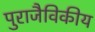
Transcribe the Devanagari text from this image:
पुराजैविकीय